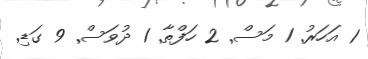
1 އަހަރު